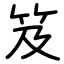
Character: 笈